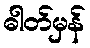
ဓါတ်မှန်